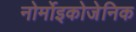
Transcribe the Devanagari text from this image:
नोर्मोइकोजेनिक